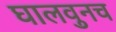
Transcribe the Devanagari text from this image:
घालवुनच